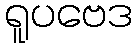
ရူပဗေဒ